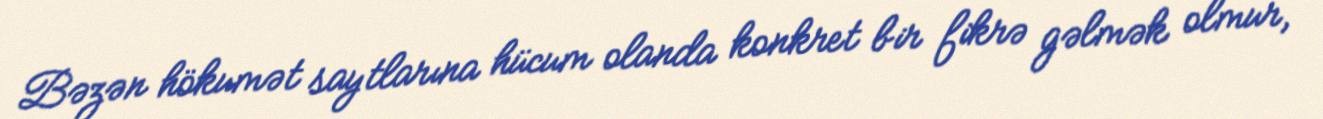
Bəzən hökumət saytlarına hücum olanda konkret bir fikrə gəlmək olmur,